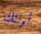
أولئك